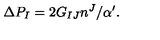
\Delta P _ { I } = 2 G _ { I J } n ^ { J } / \alpha ^ { \prime } .